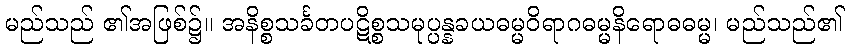
မည်သည် ၏အဖြစ်၌။ အနိစ္စသင်္ခတပဋိစ္စသမုပ္ပန္နခယဓမ္မဝိရာဂဓမ္မနိရောဓဓမ္မ၊ မည်သည်၏